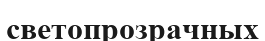
светопрозрачных